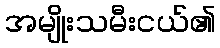
အမျိုးသမီးငယ်၏